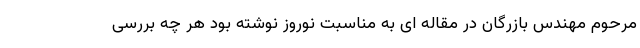
مرحوم مهندس بازرگان در مقاله ای به مناسبت نوروز نوشته بود هر چه بررسی